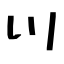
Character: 川